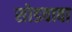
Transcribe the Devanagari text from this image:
सोडवावा